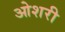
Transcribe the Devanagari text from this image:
ओशरी